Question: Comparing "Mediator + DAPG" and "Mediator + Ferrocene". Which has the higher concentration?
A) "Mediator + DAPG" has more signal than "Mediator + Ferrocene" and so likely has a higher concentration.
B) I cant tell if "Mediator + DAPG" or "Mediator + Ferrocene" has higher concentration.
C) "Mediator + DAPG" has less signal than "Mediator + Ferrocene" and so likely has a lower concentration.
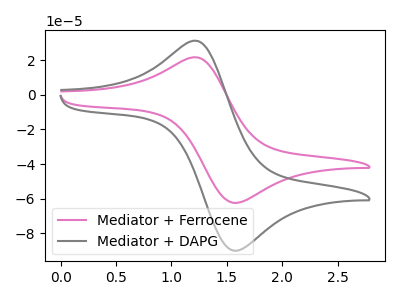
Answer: <think>The pink curve "Mediator + Ferrocene" has an anodic peak at (1.25V, 21.40uA) and a cathodic peak at (1.55V, -62.40uA). The gray curve "Mediator + DAPG" has an anodic peak at (1.25V, 30.85uA) and a cathodic peak at (1.55V, -89.95uA).
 All the peaks in "Mediator + DAPG" have a peak in "Mediator + Ferrocene" at the same potential. Every peak in "Mediator + DAPG" is higher than every peak in "Mediator + Ferrocene".</think>
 <answer>A) "Mediator + DAPG" has more signal than "Mediator + Ferrocene" and so likely has a higher concentration.</answer>
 <eval>A</eval>